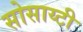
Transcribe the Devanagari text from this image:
सोसाय्टी